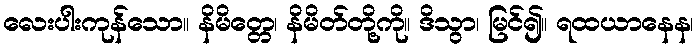
လေးပါးကုန်သော။ နိမိတ္တေ၊ နိမိတ်တို့ကို။ ဒိသွာ၊ မြင်၍။ ရထယာနေန၊